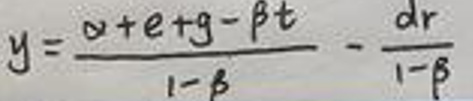
\[
y = \frac{\alpha + e + g - \beta t}{1 - \beta} - \frac{dr}{1 - \beta}
\]